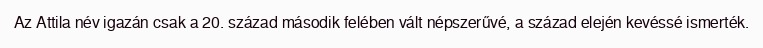
Az Attila név igazán csak a 20. század második felében vált népszerűvé, a század elején kevéssé ismerték.